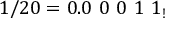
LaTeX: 1 / 2 0 = 0 . 0 \ 0 \ 0 \ 1 \ 1 _ { ! }